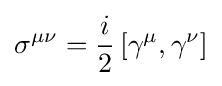
\sigma ^{\mu \nu }={\frac {i}{2}}\left[\gamma ^{\mu },\gamma ^{\nu }\right]